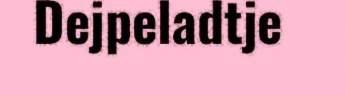
Dejpeladtje